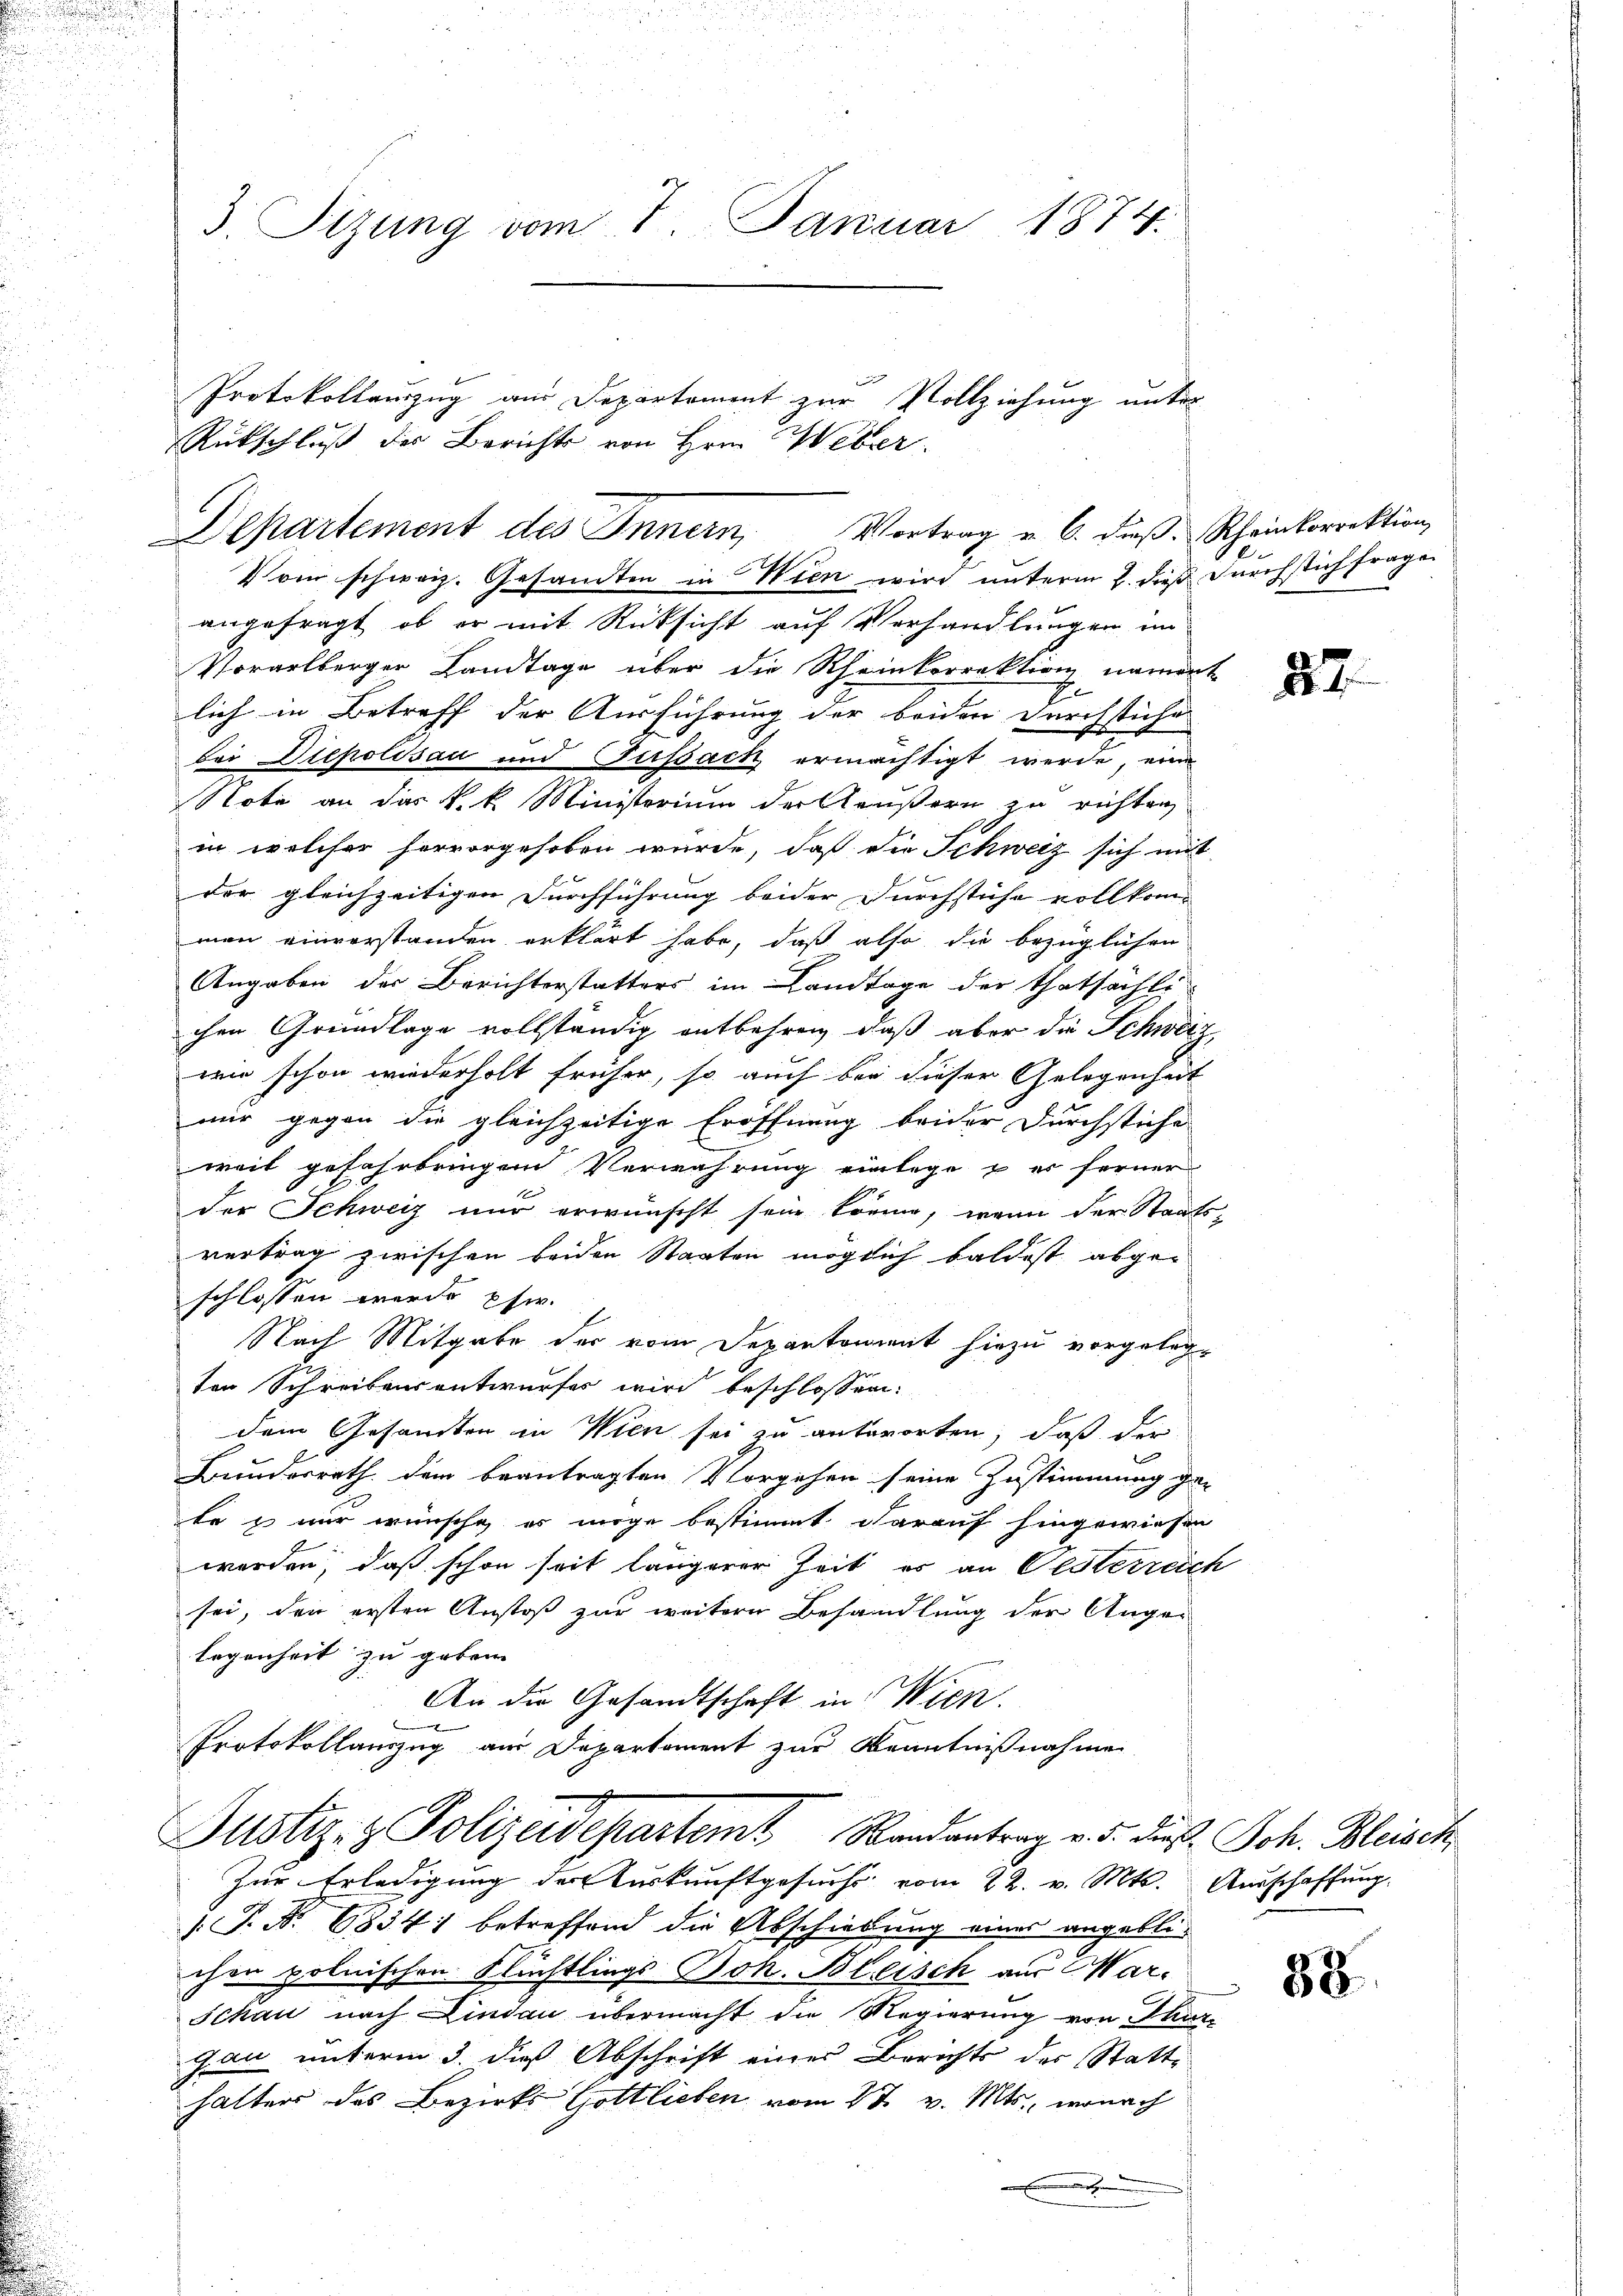
3. Sizung vom 7. Januar 1874.

Departement des Innern, Vortrag u. 6. dieß. Scheinkorrektion
V von schweiz. Gesandten in Wien wird unterm 2. dieß durchstich frage

Protokollanzug am Departement zur Vollziehung unter-
Rütschluß des Berichts von Hrn. Weber.

angefragt, ob er mit Rücksicht auf Verhandlungen im
Vorarlberger Landtage über die Rheinkorrektion nament
E
lich in Betreff der Ausführung der beiden Durchstiche
Bei Diepolisau und Fussack ermächtigt werde, eine
Note an das k.k. Ministerium der Aeußern zu richten,
in welcher hervorgehoben wurde, daß die Schweiz sich mit
der gleichzeitigen Durchführung beider Durchstiche vollkomman einvorstanden erklärt habe, daß also die bezüglichen
Angaben der Berichterstatters im Landtage der Thatsächli
chen Grundlage vollständig entbehren, daß aber die Schwerz
wie schon wiederholt früher, so auch bei dieser Gelegenheit
mir gegen die gleichzeitige Eröffnung beider Durchstiche
weil gefahrbringen Verwahrung einlege u. er ferner
der Schweiz nur erwünscht sein könne, wenn der Staatsvertrag zwischen beiden Staaten möglich baldest abgeschlossen werde psw.
Nach Mitgabe der vom Departement hiezu vorgelegten Schreibensantwurfes wird beschlossen:
dem Gesandten in Wien sei zu antworten, daß der
Bundesrath dem beantragten Vorgehen seine Zustimmung ge-
te es mir wünsche es möge bestimmt darauf hingewiesen
werden, daß schon seit längerer Zeit es an Oesterreich
sei, den ersten Anstoß zur weitern Behandlung der Ange-
legenheit zu geben.
An die Gesandtschaft in Wien.
Protokollauszug am Departement zur Kenntnißnahme

Justiz- & Polizeidepartemt Randantrag v. 5. dieß Joh. Bleisch
Zur Erledigung der Auskunftgesuchs vom 22. v. Mts. Ausschaffung

P. Nr. 6834) betreffend die Abschiedung einer angeblichen polnischen Stüchtlings Boh. Bleisch aus Mar¬
Schau nach Lindau übermacht die Regierung von Thurgau unterm 3 dieß Abschrift eines Berichts des Statt-
halters des Bezirks Gottlieben vom 1t v. Mts., wonach

87

38.